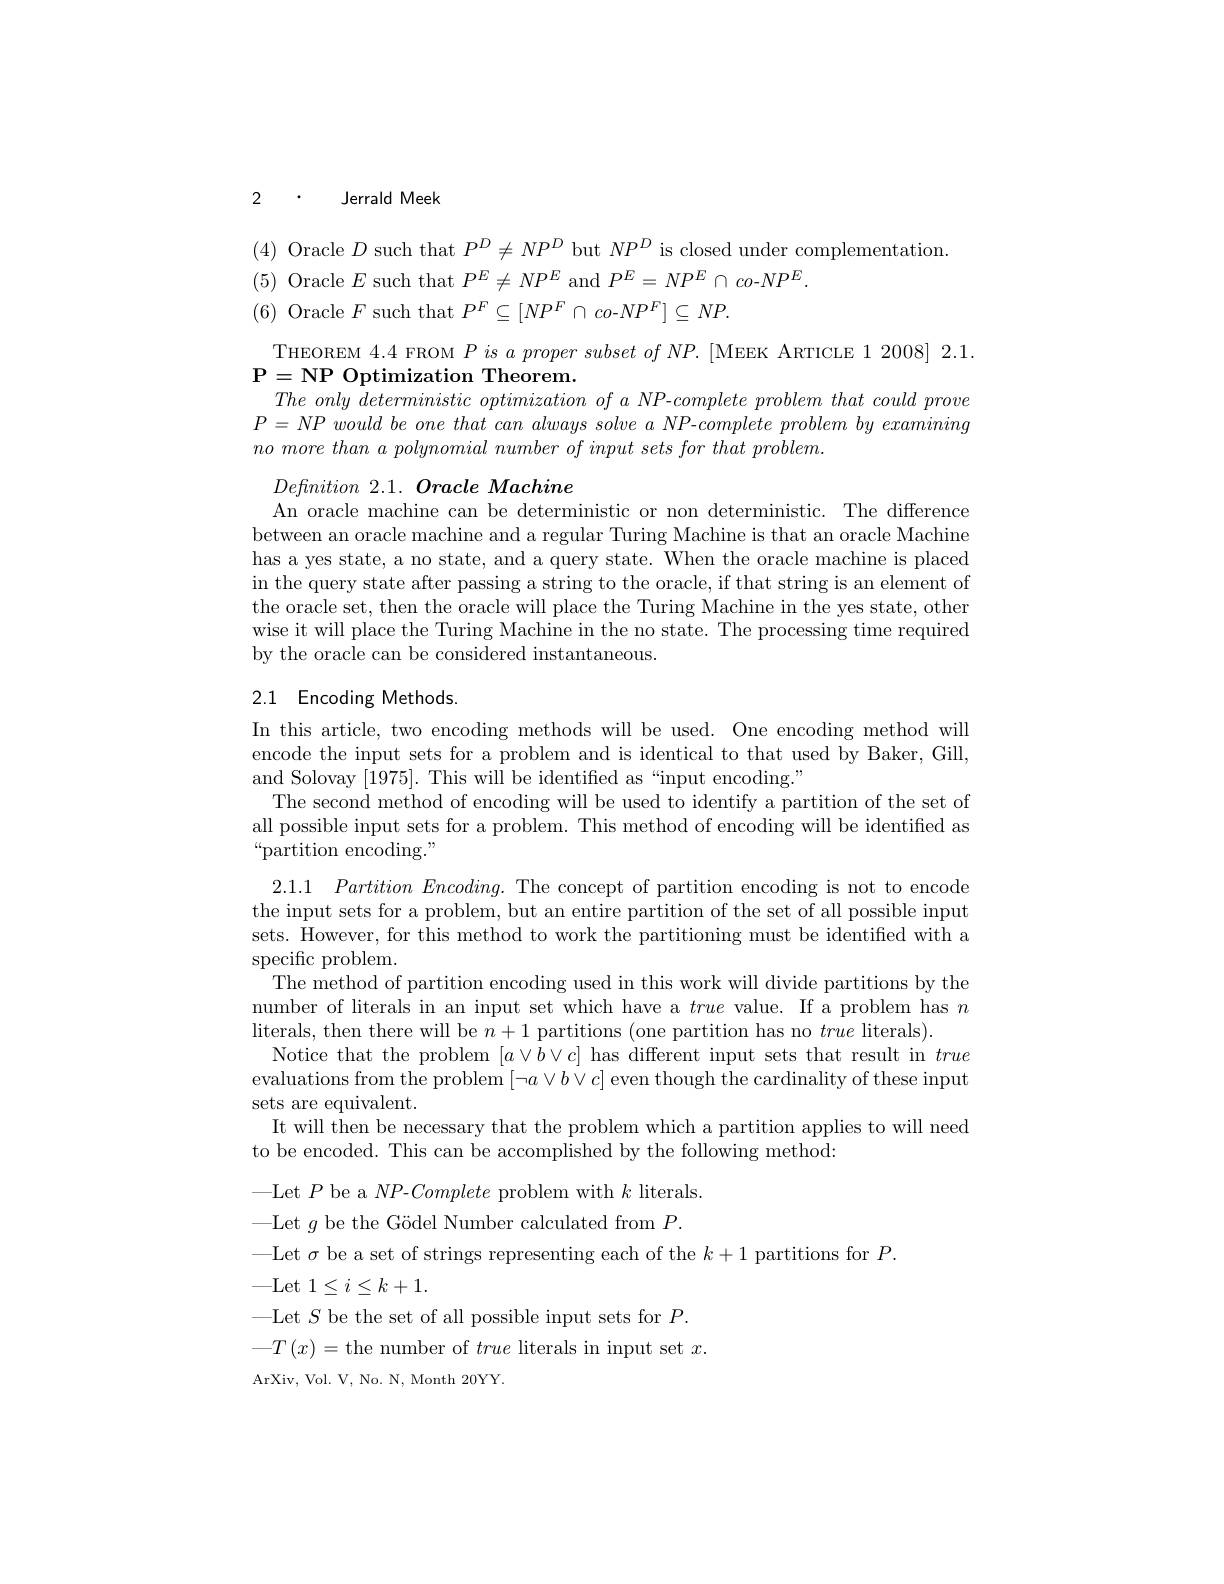
2 $\cdot$ Jerrald Meek

(4) Oracle $D$ such that $P^D\neq NP^D$ but $NP^D$ is closed under complementation.
(5) Oracle $E$ such that $P^E\neq NP^E$ and $P^E=NP^E\cap co$-$NP^E.$
(6) Oracle $F$ such that $P^F\subseteq[NP^F\cap$ co-$NP^F]\subseteq NP.$

THEOREM 4.4 FROM $PisapropersubsetofNP.[$MEEK ARTICLE 12008]2.1.

$\mathbf{P}=\mathbf{NP}$ Optimization Theorem.
$The~only~deterministic~optimization~of~a~NP-complete~problem~that~could~prove$ $P= NP\textit{ would be one that can always solve a NP- complete problem by examining}$ $no\textit{ more than a polynomial number of input sets for that problem. }$

$Definition~2.1.~Oracle~Machine$
An oracle machine can be deterministic or non deterministic. The difference between an oracle machine and a regular Turing Machine is that an oracle Machine has a yes state, a no state, and a query state. When the oracle machine is placed in the query state after passing a string to the oracle, if that string is an element of the oracle set, then the oracle will place the Turing Machine in the yes state, other wise it will place the Turing Machine in the no state. The processing time required by the oracle can be considered instantaneous.

## 2.1 Encoding Methods.

In this article, two encoding methods will be used. One encoding method will encode the input sets for a problem and is identical to that used by Baker, Gill, and Solovay [1975]. This will be identified as“input encoding.”
The second method of encoding will be used to identify a partition of the set of all possible input sets for a problem. This method of encoding will be identified as “partition encoding.”

2.1.1 $Partition\textit{Encoding. The concept of partition encoding is not to encode}$ the input sets for a problem, but an entire partition of the set of all possible input sets. However, for this method to work the partitioning must be identified with a specific problem.
The method of partition encoding used in this work will divide partitions by the number of literals in an input set which have a true value. If a problem has $n$ literals, then there will be $n+1$ partitions (one partition has no true literals).
Notice that the problem $[a\lor b\lor c]$ has different input sets that result in true evaluations from the problem $[\neg a\vee b\vee c]$even though the cardinality of these input sets are equivalent.
It will then be necessary that the problem which a partition applies to will need
to be encoded. This can be accomplished by the following method:
-Let $P$ be a $NP$-Complete problem with $k$ literals.
-Let $g$ be the Gödel Number calculated from $P.$
-Let $\sigma$ be a set of strings representing each of the $k+1$ partitions for $P.$
$—$Let$1\leq i\leq k+1.$
$\_$Let $S$ be the set of all possible input sets for $P.$ $-T\left(x\right)=$the number of true literals input set $x.$ ArXiv, Vol. V, No. N, Month 20YY.